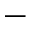
-